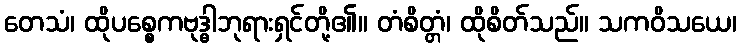
တေသံ၊ ထိုပစ္စေကဗုဒ္ဓါဘုရားရှင်တို့၏။ တံစိတ္တံ၊ ထိုစိတ်သည်။ သကဝိသယေ၊